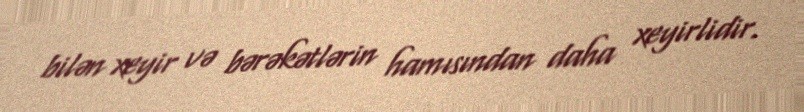
bilən xeyir və bərəkətlərin hamısından daha xeyirlidir.